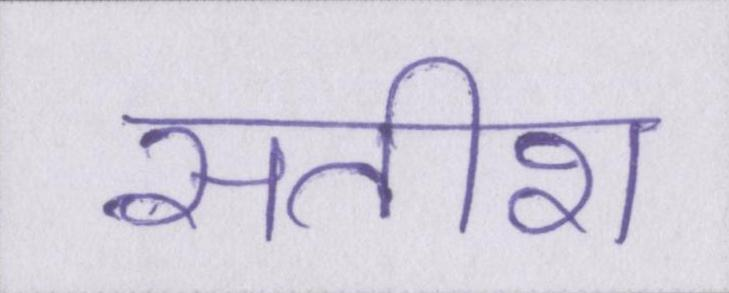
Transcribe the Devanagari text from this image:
सतीश